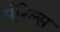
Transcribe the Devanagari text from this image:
मोरेल्स